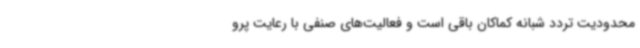
محدودیت تردد شبانه کماکان باقی است و فعالیت‌های صنفی با رعایت پرو